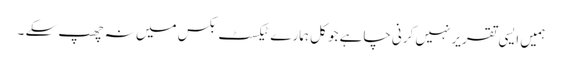
ہمیں ایسی تقریر نہیں کرنی چاہے جو کل ہمارے ٹیکسٹ بکس میں نہ چھپ سکے ۔